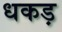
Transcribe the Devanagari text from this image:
धकड़